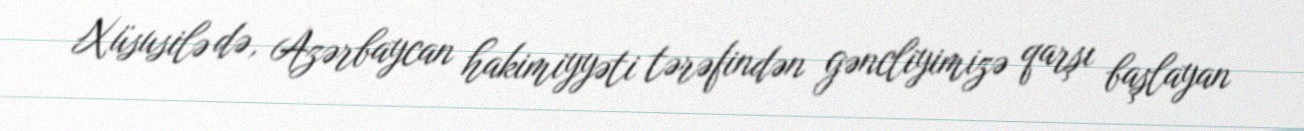
Xüsusilə də, Azərbaycan hakimiyyəti tərəfindən gəncliyimizə qarşı başlayan